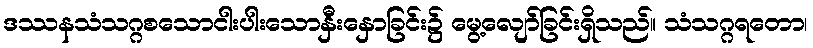
ဒဿနသံသဂ္ဂစသောငါးပါးသောနှီးနှောခြင်း၌ မွေ့လျော်ခြင်းရှိသည်။ သံသဂ္ဂရတော၊